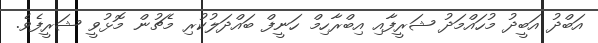
އަބްދު އަބީދު މުހައްމަދު ޝަރީފާއި އިބްރާހިމް ހަނީފް ބައްދަލުކުރި މެޗުން މޮޅުވީ ޝަރީފެވެ.